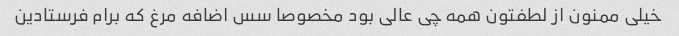
خیلی ممنون از لطفتون همه چی عالی بود مخصوصا سس اضافه مرغ که برام فرستادین